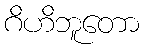
ဂိဟိဘူတော